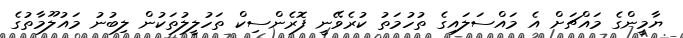
ޔާމީންގެ މައްޗަށް އެ މައްސަލައިގެ ތުހުމަތު ކުރެވޭނީ ފޮރެންސިކް ތަހުލީލުތަކުން ލިބުނު މައުލޫމާތުގެ